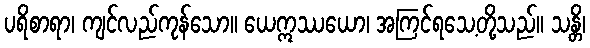
ပရိစာရာ၊ ကျင်လည်ကုန်သော။ ယေဣဿယော၊ အကြင်ရသေ့တို့သည်။ သန္တိ၊